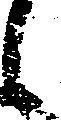
候